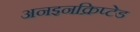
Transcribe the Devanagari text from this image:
अनइनक्रिप्टेड